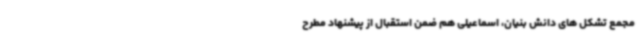
مجمع تشکل های دانش بنیان، اسماعیلی هم ضمن استقبال از پیشنهاد مطرح